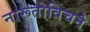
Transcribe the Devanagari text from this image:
नारूतोविचने